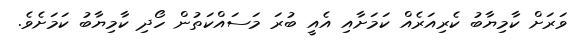
ވަރަށް ކާމިޔާބު ކެރިއަރެއް ކަމަށާއި އެއީ ބުރަ މަސައްކަތުން ހޯދި ކާމިޔާބު ކަމަށެވެ.